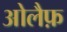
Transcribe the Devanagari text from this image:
ओलैफ़